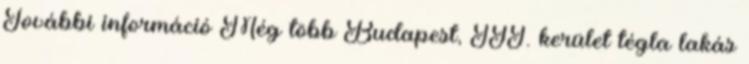
További információ Még több Budapest, III. kerület tégla lakás